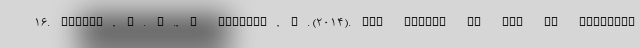
16. Roshan, N. A., & Abbasir, M. (2014). The Impact of the US Economic